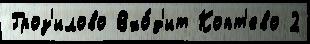
Гроз'илово Вхо́д'ит Копт'ево 2